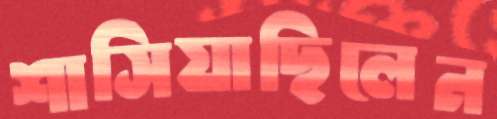
শাসিয়াছিলেন